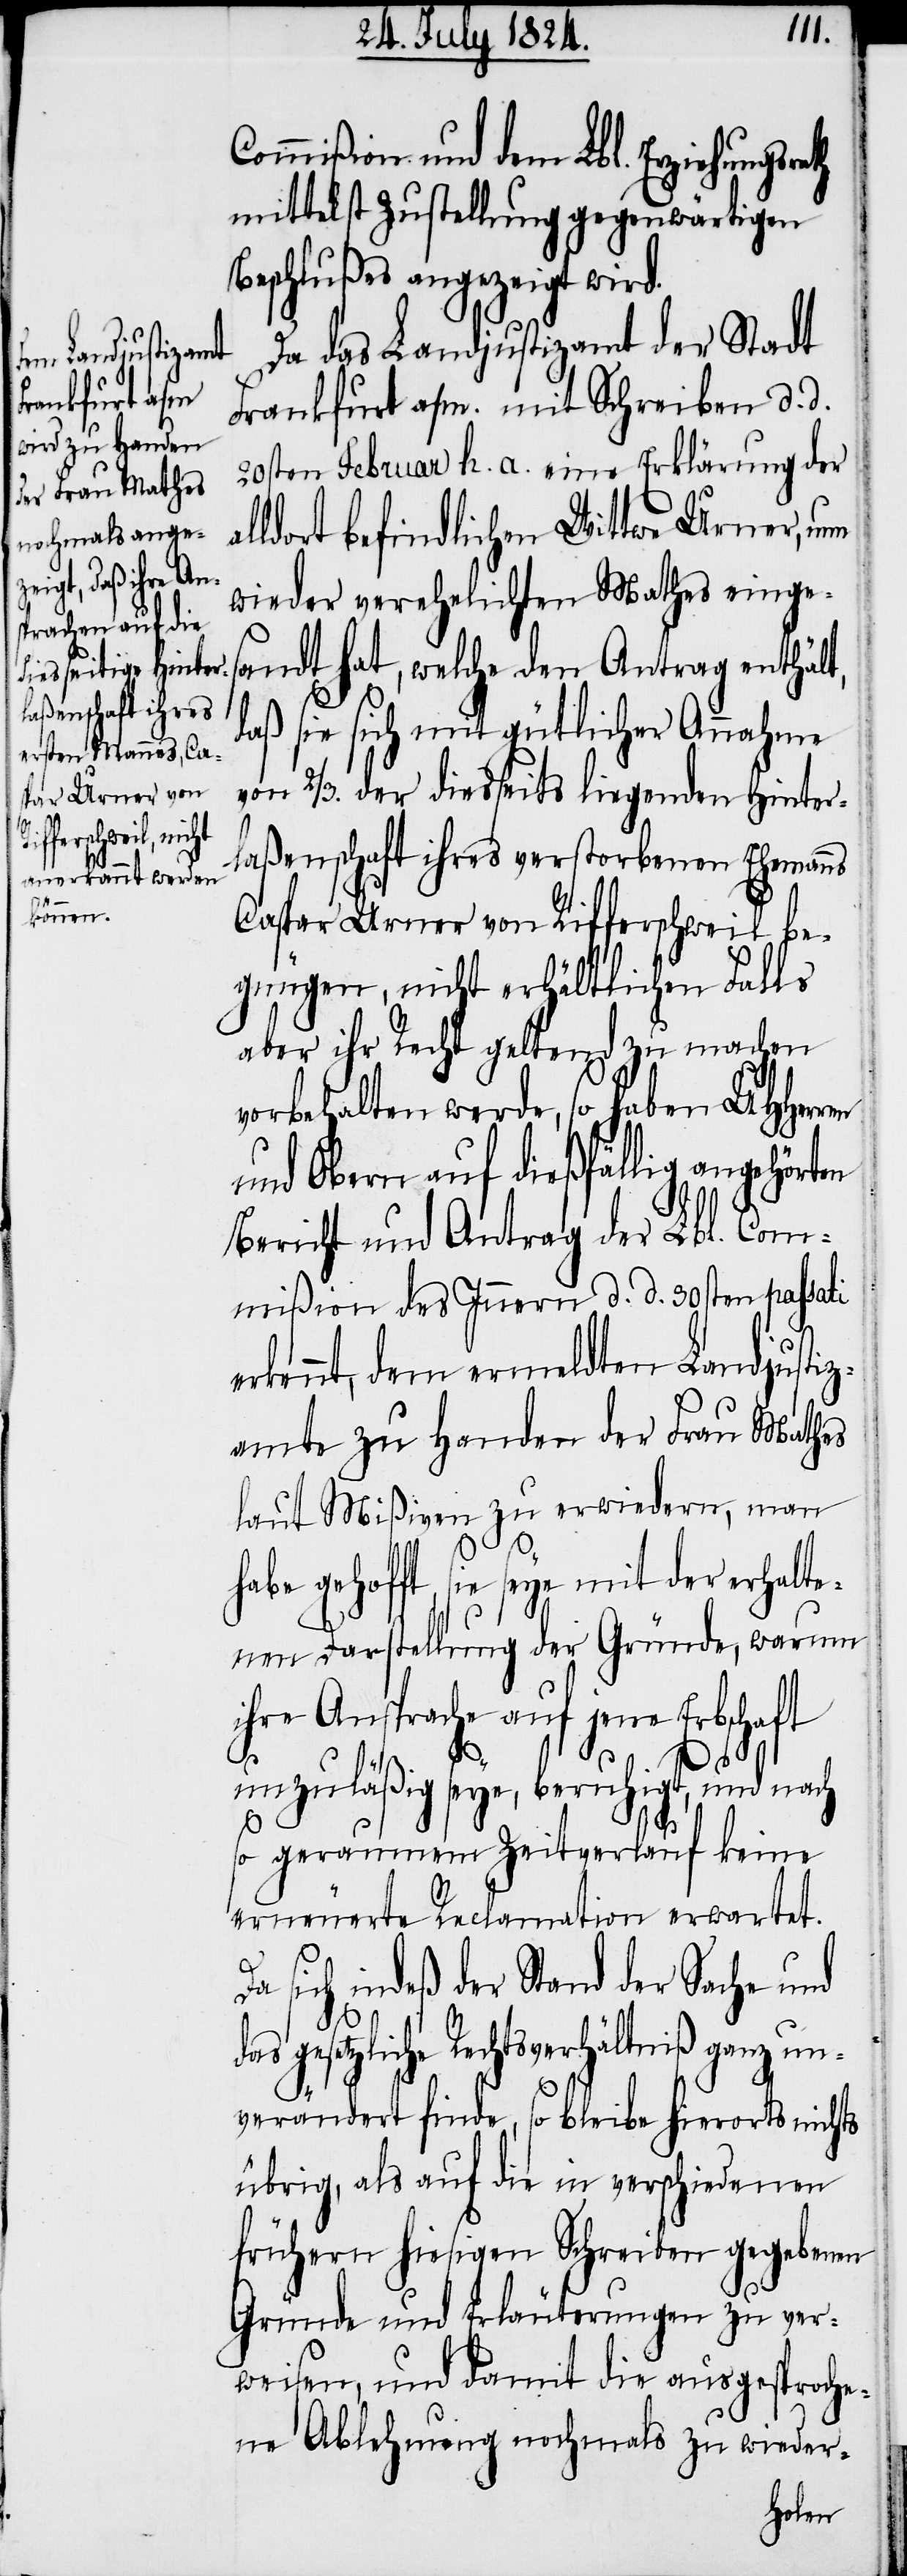
ns

Commißion und dem Lbl. Erziehungsr¬
mittelst Zustellung gegenwärtigen
Beschlußes angezeigt wird.
Da das Landjustizamt der Stadt
Frankfurt a/m. mit Schreiben d. d.
20sten Februar h. a. eine Erklärung der
lldort befindlichen Wittwe Urner, nun
wieder verehelichten Mathes einges¬
andt hat, welche den Antrag enthält,
aß sie sich mit gütlicher Annahme
von 2/3. der diesseits liegenden Hinter¬
laßenschaft ihres verstorbenen Eheman¬
Caspar Urner von Rifferschweil be¬
gnügen, nicht erhältlichen Falls
aber ihr Recht geltend zu machen
vorbehalten werde, so haben UHHerren
und Obern auf dießfällig angehörten
Bericht und Antrag der Lbl. Com¬
mißion des Innern d. d. 30sten passati
rkennt, dem ermeldten Landjustiz¬
amte zu Handen der Frau Mathes
laut Mißiven zu erwiedern, man
habe gehofft, sie seye mit der erhalte¬
nen Darstellung der Gründe, warum
ihre Ansprache auf jene Erbschaft
unzuläßig seye, beruhigt, und nach
so geraumem Zeitverlauf keine
erneuerte Reclamation erwartet.
sich indeß der Stand der Sache und
e¬
das gesetzliche Rechtsverhältniß ganz un¬
verändert finde, so bleibe hierorts nichts
übrig, als auf die in verschiedenen
frühern hiesigen Schreiben gegebenen
Gründe und Erläuterungen zu ver¬
weisen, und damit die ausgesproche¬
ne Ablehnung nochmals zu wieder-